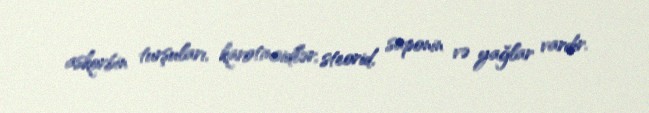
askorbin turşuları, karotinoidlər, steorid, saponin və yağlar vardır.